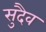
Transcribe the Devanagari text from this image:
सुदैव